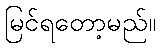
မြင်ရတော့မည်။